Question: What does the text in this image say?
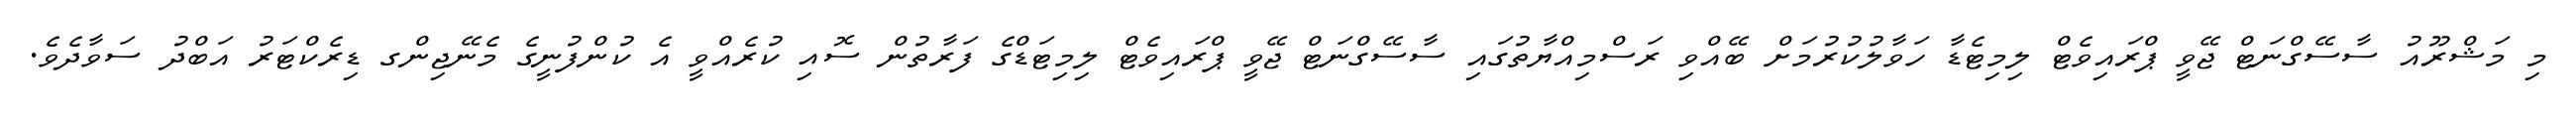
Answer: މި މަޝްރޫއު ސާސޭގްނަޓް ޖޭވީ ޕްރައިވެޓް ލިމިޓެޑާ ހަވާލުކުރުމަށް ބޭއްވި ރަސްމިއްޔާތުގައި ސާސޭގްނަޓް ޖޭވީ ޕްރައިވެޓް ލިމިޓަޑްގެ ފަރާތުން ސޮއި ކުރެއްވީ އެ ކުންފުނީގެ މެނޭޖިންގ ޑިރެކްޓަރު އަބްދު ސަވާދެވެ.